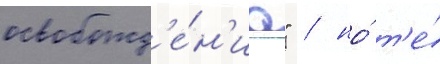
освобожд'е́н'иа" / но́ т'е́